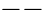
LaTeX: --